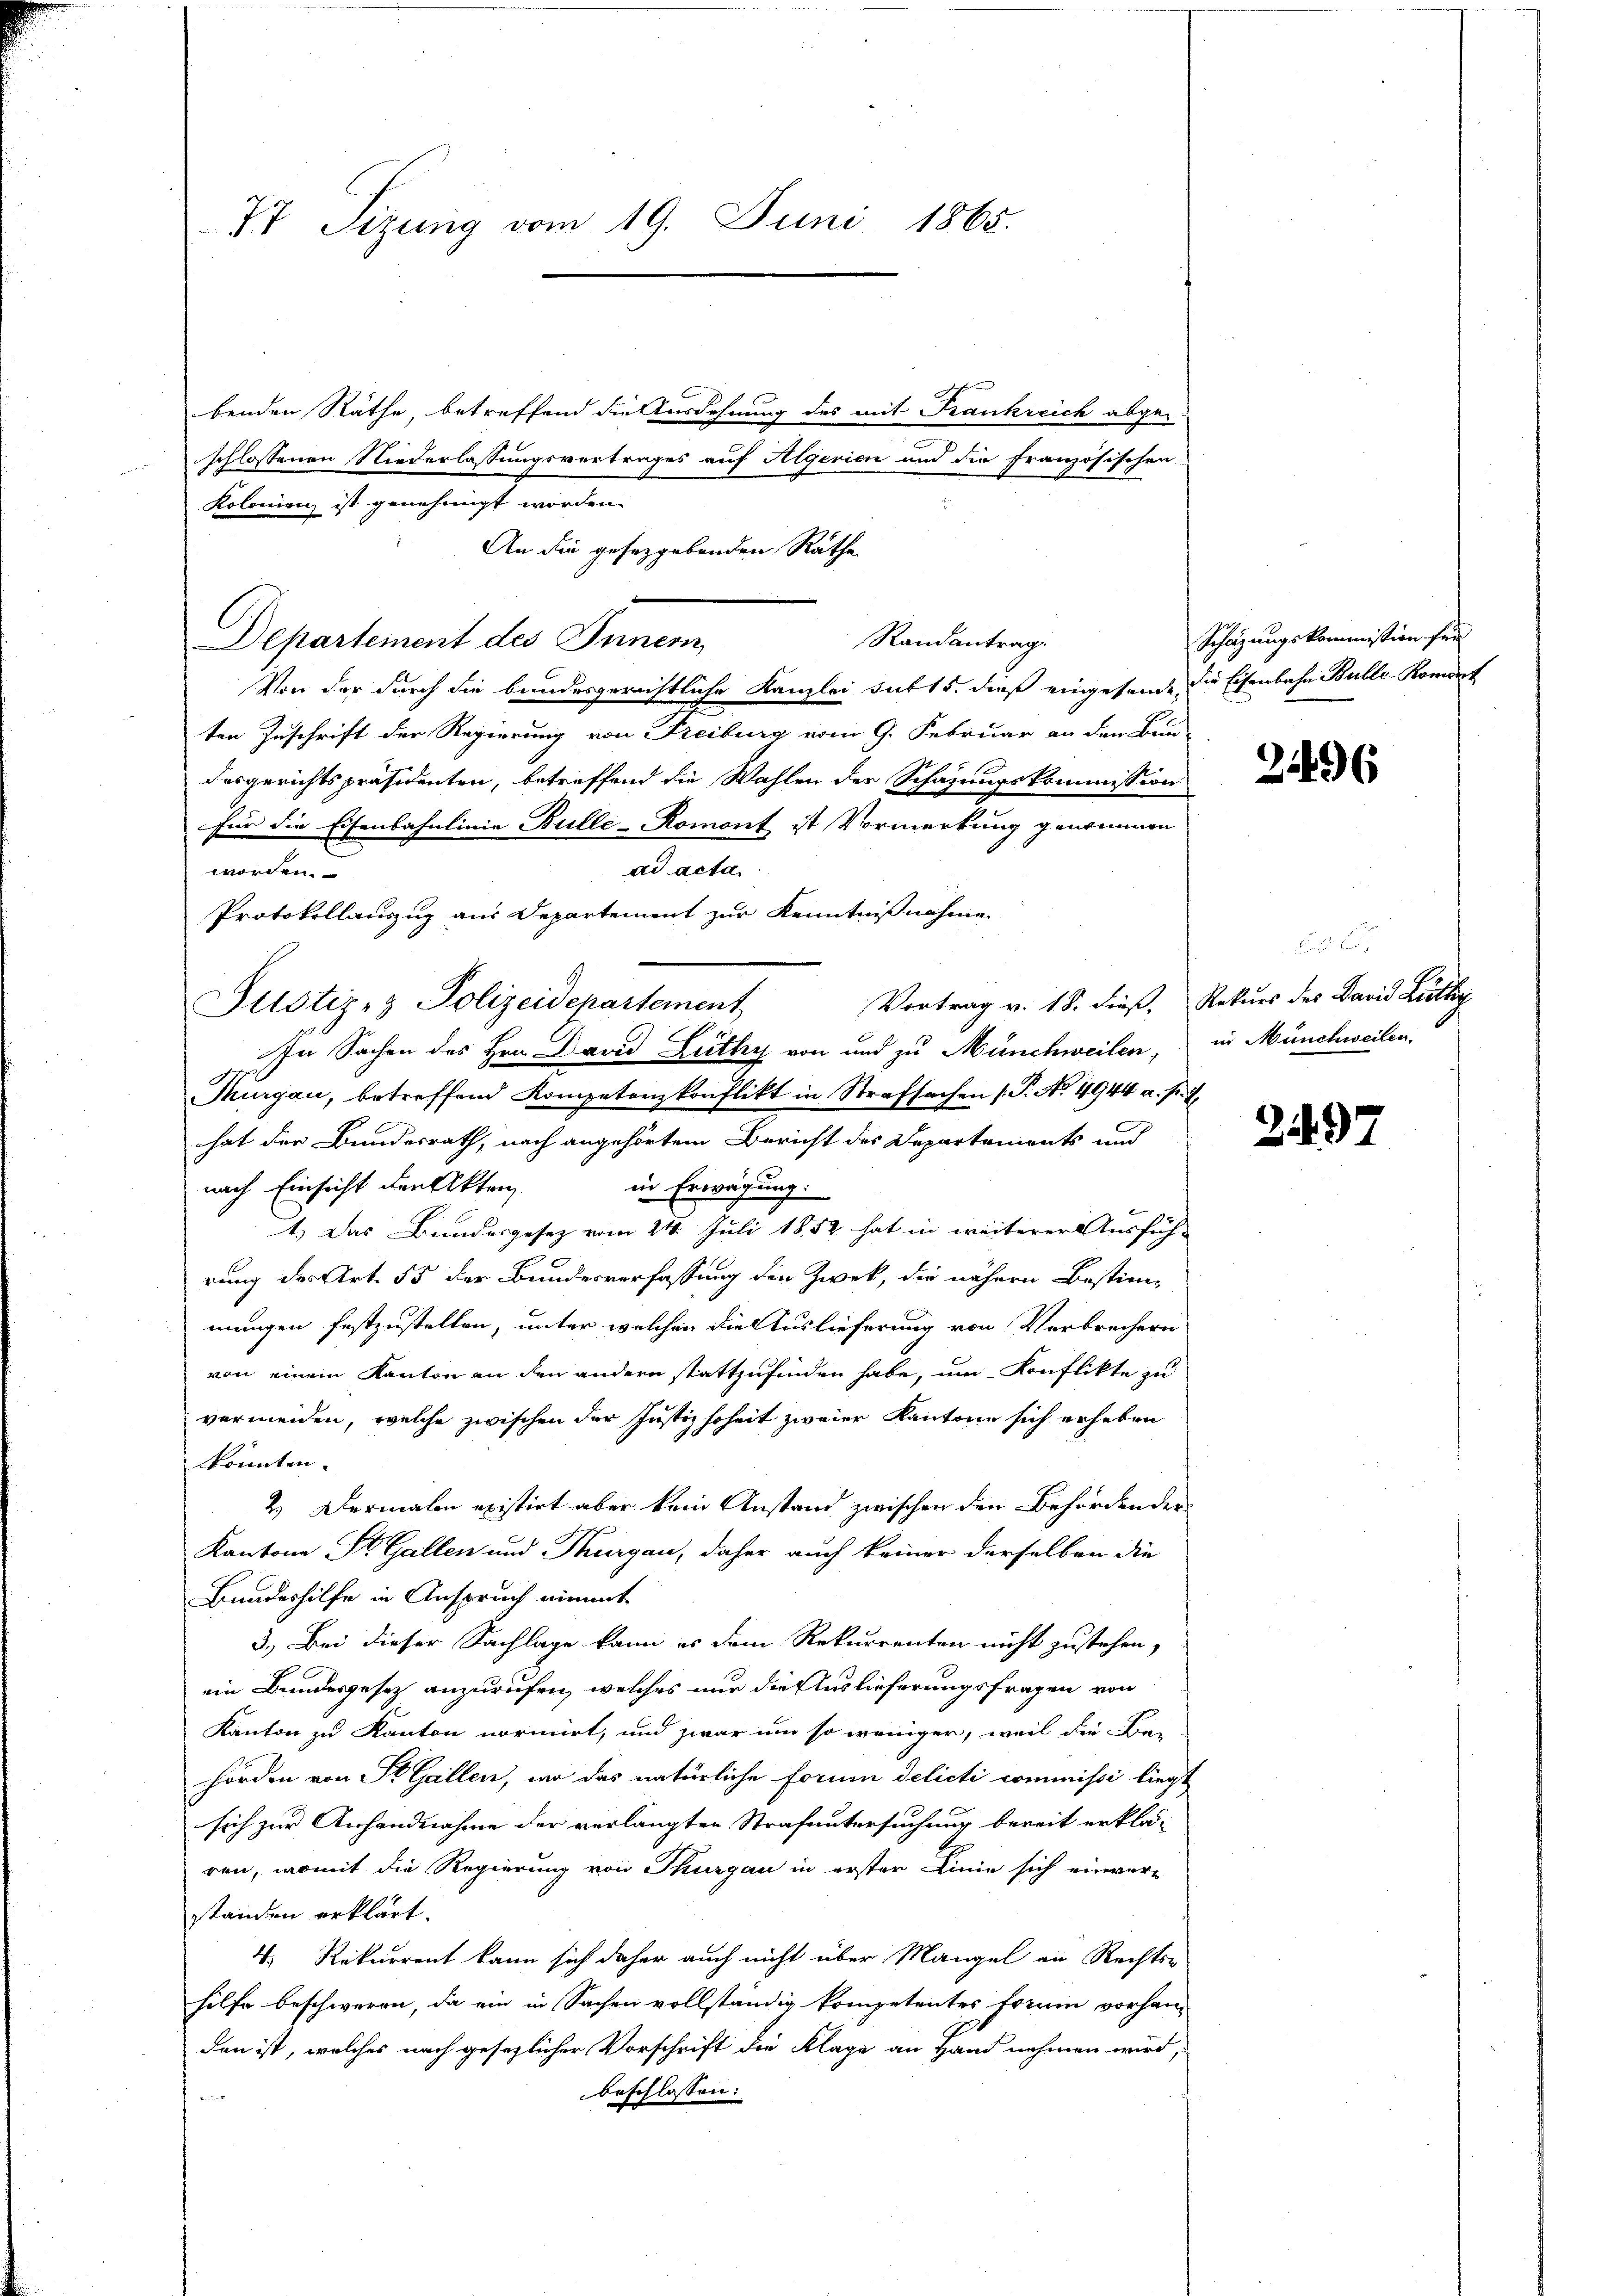
77 Sizung vom 19. Juni 1865.

benden Räthe, betreffend die Ausdehnung des mit Frankreich abgeschlossenen Niederlassungsvertrages auf Algerien und die französischen
Kolonien ist genehmigt worden.
An die gesezgebenden Räthe
Departement des Inner
Von der durch die bundesgerichtliche Kanzlei sub 15. dieß eingesande die Eisenbahn Bullo-Komont
ten Zuschrift der Regierung von Freiburg vom 9. Februar an den Bun-
desgerichtspräsidenten, betreffend die Wahlen der Schazungskommission
für die Eisenbahnlinie Bulle-Romont ist Vormerkung genommen
ad acta.
worden.
Protokollauszug aus Departement zur Kenntnißnahme
Vortrag v. 18. dieß, Rekurs des David Lithy
Thurgau, betreffend Kompetenzkonflikt in Strafsachen (T. No. 4944 a. p. 2.
hat der Bundesrath, nach angehörtem Bericht des Departements und
nach Einsicht der Akten
in Erwägung.
1.) Das Bundesgesetz vom 24. Juli 1854 hat in weiterer Ausfüh-
rung der Art. 55 der Bundesverfassung der Zwek, die nähern Bestim-
mungen festzustellen, unter welchen die Auslieferung von Verbrechern
von einem Kanton an den andern stattzufinden habe, um Konflikte zu
vermeiden, welche zwischen der Justizsoheit zweier Kantone sich erheben
kkönnten.
2.) Dermalen existirt aber kein Anstand zwischen den Behörden der
Kantone St. Gallen und Thurgau, daher auch keiner derselben die
Bundeshilfe in Anspruch nimmt
3.) Bei dieser Sachlage kann es dem Rekurrenten nicht zustehen,
ein Bundesgesetz anzurufen, welches nur die Auslieferungsfragen von
Kanton zu Kanton normirt, und zwar um so weniger, weil die Be-
hörden von St. Gallen, wo das natürliche Forum delicti commissi liege
sich zur Anhandnahme der verlangten Strafuntersuchung bereit erklären, womit die Regierung von Thurgau in ersten Linie sich einver-
standen erklärt.
4. Rekurrent kann sich daher auch nicht über Mangel an Rechtsr
hilfe beschweren, da ein in Sachen vollständig kompetentes Forme vorhan-
den ist, welches nach gesezlicher Vorschrift die Klage an Hand nehmen wird,
beschlossen:
27

Justiz- & Polizeidchartement

In Sachen des Hrn. David Lüthy von und zu Münchweilen,

Randantrag.

Schazungskommission für

2496

in Münchweilen.

249